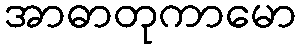
အာဓာတုကာမော